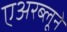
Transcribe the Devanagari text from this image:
एअरब्लूने